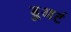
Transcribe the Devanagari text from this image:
डु्आर्ट